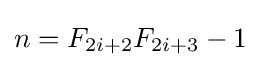
n=F_{2i+2}F_{2i+3}-1